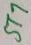
Text: ST7